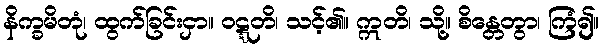
နိက္ခမိတုံ၊ ထွက်ခြင်းငှာ။ ဝဋ္ဋတိ၊ သင့်၏။ ဣတိ၊ သို့။ စိန္တေတွာ၊ ကြံ၍။